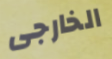
الخارجى